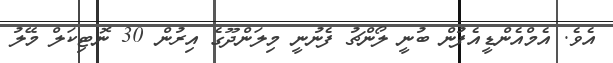
އެވެ. އެމްއެންޑީއެފުން ބުނީ ލޯންޗު ފެނުނީ މިލަންދޫގެ އިރުން 30 ނޮޓިކަލް މޭލު